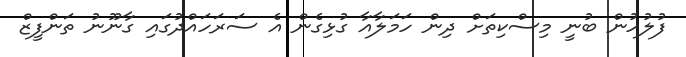
ފުލުހުން ބުނީ މިސްކިތަށް ދިން ހަމަލާއާ ގުޅިގެން އެ ސަރަހައްދުގައި ގާނޫނު ތަންފީޒް